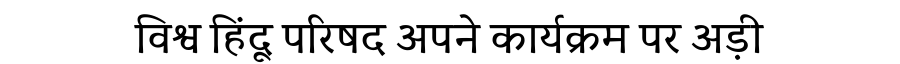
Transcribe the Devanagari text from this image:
विश्व हिंदू परिषद अपने कार्यक्रम पर अड़ी